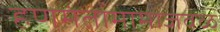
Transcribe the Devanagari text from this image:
हणमंतामामाजवळ